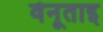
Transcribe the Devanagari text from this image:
वेनूताइ